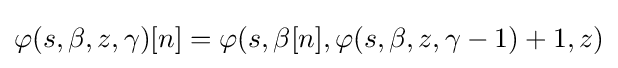
\varphi (s,\beta ,z,\gamma )[n]=\varphi (s,\beta [n],\varphi (s,\beta ,z,\gamma -1)+1,z)